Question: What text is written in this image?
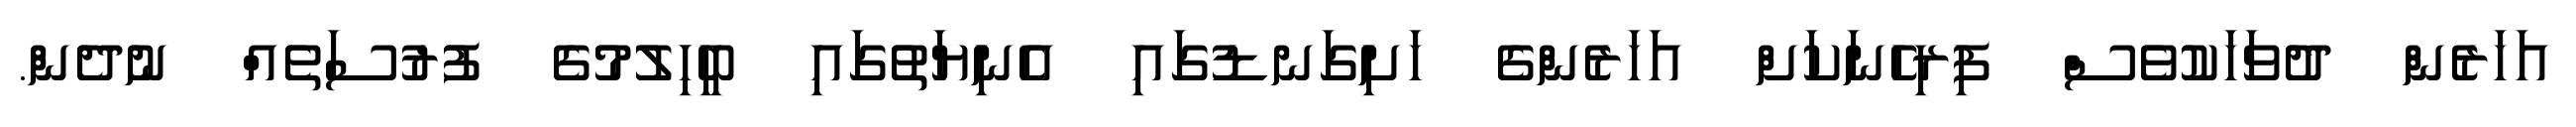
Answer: އަހަރެން ދުވަހަކުވެސް ފިރިހެނަކަށް އަހަރެންގެ ހަށިގަނޑުގައި އެނިޔަތުގައި ބީހިލުމުގެ ފުރުސަތެއް ނުދެން.